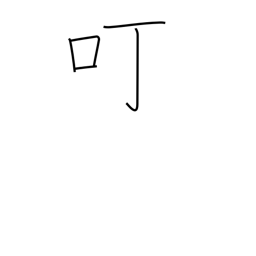
Meaning: courtesy